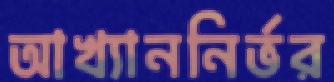
আখ্যাননির্ভর